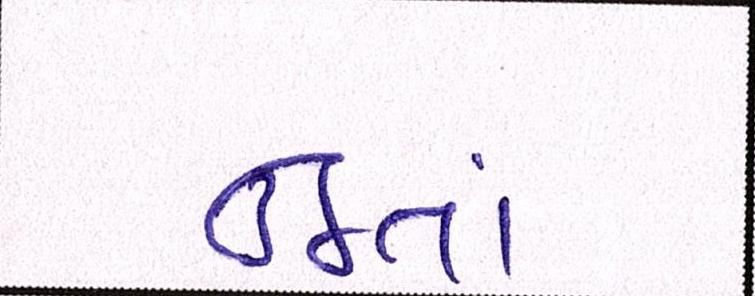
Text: ઉઠતાં